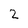
Character: 2